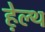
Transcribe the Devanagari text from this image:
हे़ल्थ